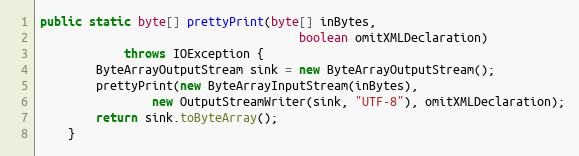
Language: Java
public static byte[] prettyPrint(byte[] inBytes,
                                     boolean omitXMLDeclaration)
            throws IOException {
        ByteArrayOutputStream sink = new ByteArrayOutputStream();
        prettyPrint(new ByteArrayInputStream(inBytes),
                new OutputStreamWriter(sink, "UTF-8"), omitXMLDeclaration);
        return sink.toByteArray();
    }